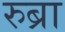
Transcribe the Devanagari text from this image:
रुब्रा